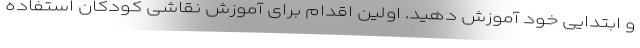
و ابتدایی خود آموزش دهید. اولین اقدام برای آموزش نقاشی کودکان استفاده